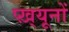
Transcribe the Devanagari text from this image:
प्ख़्यूनों